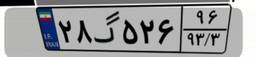
۲۸گ۵۲۶۹۶